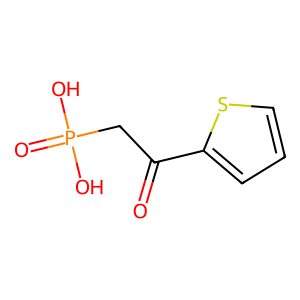
SMILES: O=C(CP(=O)(O)O)c1cccs1
Inhibits HIV replication: No